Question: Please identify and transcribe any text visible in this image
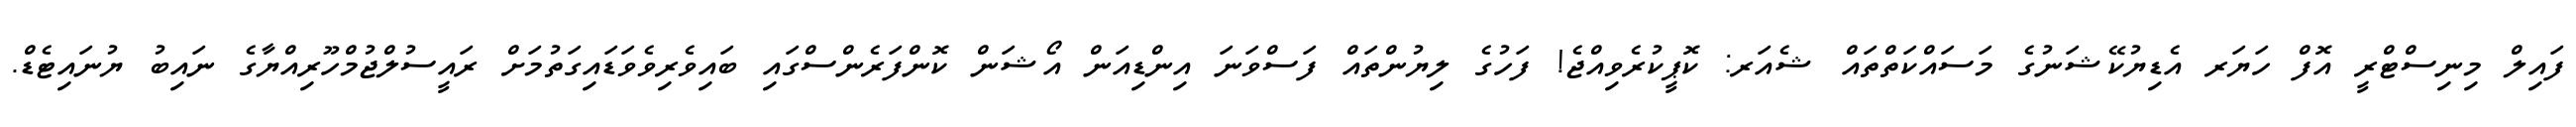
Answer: ފައިލް މިނިސްޓްރީ އޮފް ހަޔަރ އެޑިޔުކޭޝަނުގެ މަސައްކަތްތައް ޝެއަރ: ކޮޕީކުރެވިއްޖެ! ފަހުގެ ލިޔުންތައް ފަސްވަނަ އިންޑިއަން އޯޝަން ކޮންފަރެންސްގައި ބައިވެރިވެވަޑައިގަތުމަށް ރައީސުލްޖުމްހޫރިއްޔާގެ ނައިބު ޔުނައިޓެޑް.